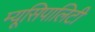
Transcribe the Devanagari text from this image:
म्यूसिपालिटी